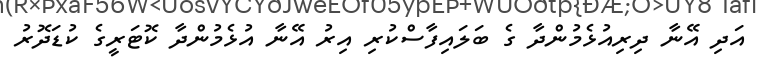
އަދި އޭނާ ދިރިއުޅެމުންދާ ގެ ބަލައިފާސްކުރި އިރު އޭނާ އުޅެމުންދާ ކޮޓަރީގެ ކުޑަދޮރު